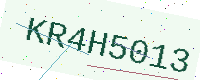
Text: KR4H5013